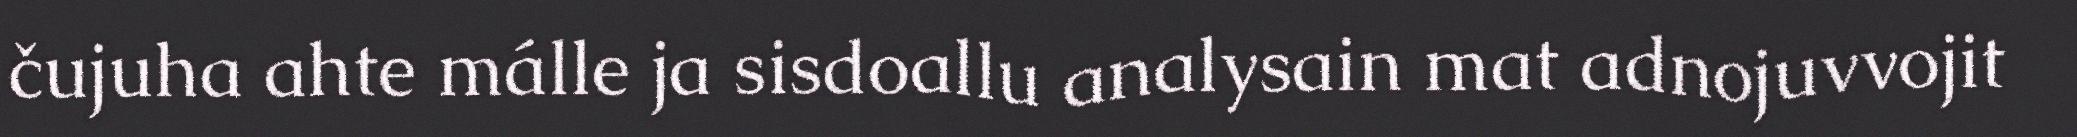
čujuha ahte málle ja sisdoallu analysain mat adnojuvvojit